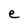
Character: e